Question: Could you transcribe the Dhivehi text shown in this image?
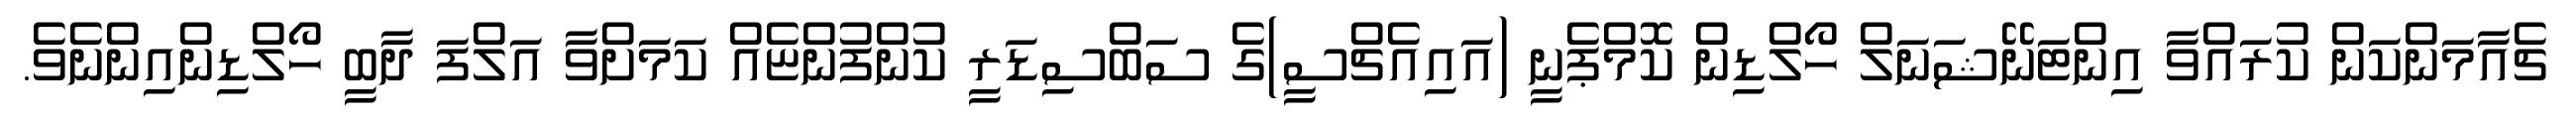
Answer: ޗެއާމަންކަން ކުރައްވާ އިންޓަނޭޝަނަލް ހޯލްޑިން ކޮމްޕެނީ (އައިއެޗްސީ)ގެ ސަބްސިޑަރީ ކުންފުންޏެއް ކަމަށްވާ އަލްފަ ދާބީ ހޯލްޑިންއިންނެވެ.